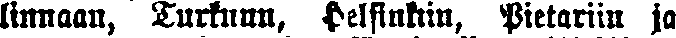
linnaan, Turkuun, Heisinkin, Pietariin ja